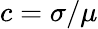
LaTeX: c=\sigma/\mu